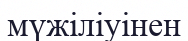
мүжіліуінен